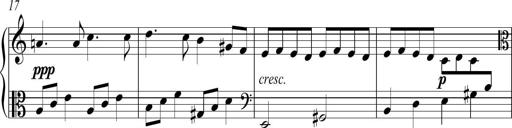
Title: Sonatina No.2 in C
Composer: A. Marando
Key: C major